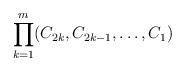
LaTeX: \begin{align*}\prod_{k=1}^{m}(C_{2k}, C_{2k-1}, \ldots, C_{1})\end{align*}